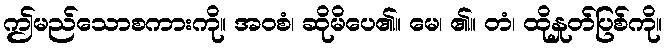
ဤမည်သောစကားကို။ အဝစံ၊ ဆိုမိပေ၏။ မေ၊ ၏။ တံ၊ ထိုနှုတ်ပြစ်ကို။